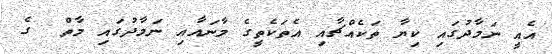
އެއީ ނަމާދުގައި ކިޔާ ތަކެއްޗާއި އެތަކެތީގެ މާނައާއި ނަމާދުގައި މާތް  ގެ